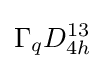
\Gamma _{q}D_{4h}^{13}